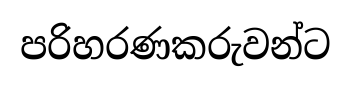
පරිහරණකරුවන්ට